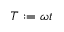
T : = \omega t